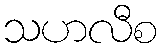
သဟလီစ